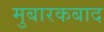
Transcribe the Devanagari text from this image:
मुबारकबाद